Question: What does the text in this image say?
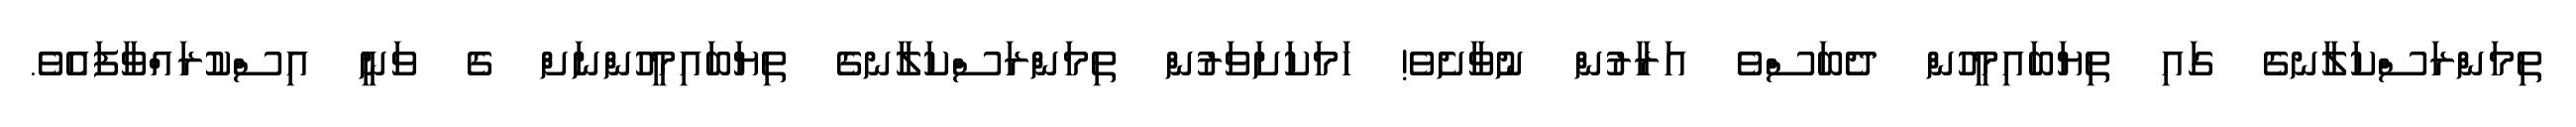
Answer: ތިމަންރަސްކަލާނގެ ގައި ތިޔަބައިމީހުން ދެބަސްވެ އަރާރުން ނުވާށެވެ! ހަމަކަށަވަރުން ތިމަންރަސްކަލާނގެ ތިޔަބައިމީހުންނަށް ގެ ވަނީ އިސްކުރައްވާފައެވެ.